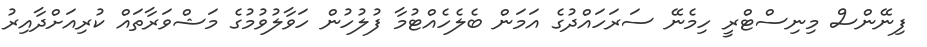
ފިނޭންސް މިނިސްޓްރީ ހިމެނޭ ސަރަހައްދުގެ އަމަން ބެލެހެއްޓުމާ ފުލުހުން ހަވާލުވުމުގެ މަޝްވަރާތައް ކުރިއަށްދާއިރު